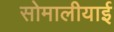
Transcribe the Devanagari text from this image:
सोमालीयाई